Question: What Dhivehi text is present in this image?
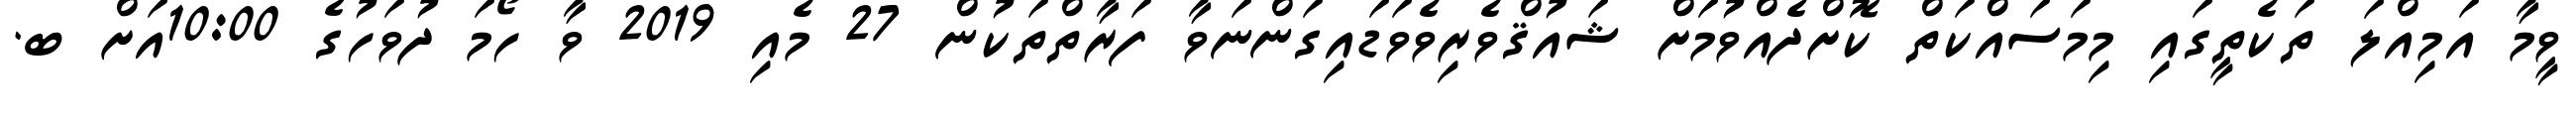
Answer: ވީމާ އަމިއްލަ ތަކެތީގައި މިމަސައްކަތް ކޮށްދެއްވުމަށް ޝައުޤްވެރިވެވަޑައިގަންނަވާ ފަރާތްތަކުން 27 މެއި 2019 ވާ ހޯމަ ދުވަހުގެ 10:00އަށް ބ.